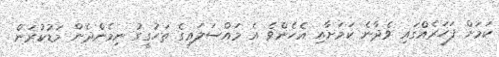
ކަމަށް ފަހަރެއްގައި ވެދާނެ ކަމަށާއި އެހެންވެ އެ މައްސަލައިގެ ތަހުގީގު ނިމެންދެން މަޑުކުރަން